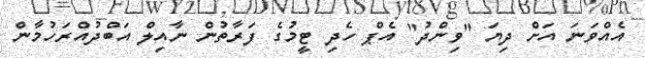
އެއްވަނަ އަށް ދިޔަ "ވިންދު" އެޕް ހެދި ޓީމުގެ ފަރާތުން ނާއިލް އަބްދުއްރަހުމާން